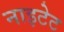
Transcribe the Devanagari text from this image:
नाइटेट